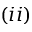
( i i )